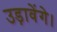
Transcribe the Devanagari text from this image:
उड़ावेंगे।